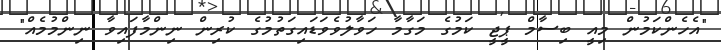
"އެހެންކަމުން މިއީ ބިސާމް ޕީޖީ ކަމުގެ މަގާމާ ހަވާލުވެވަޑައިގަތުމުގެ ކުރިން ނިންމާފައިވާ ނިންމުމެއް"